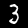
Digit: 3